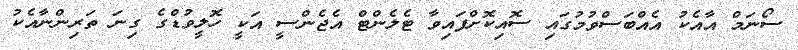
ސޯނަމް އާއެކު އެއްބަސްވުމުގައި ސޮއިކޮށްފައިވާ ޓެލެންޓް އެޖެންސީ އަކީ ހޮލީވުޑްގެ ގިނަ ތަރިންނާއެކު